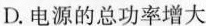
D.电源的总功率增大